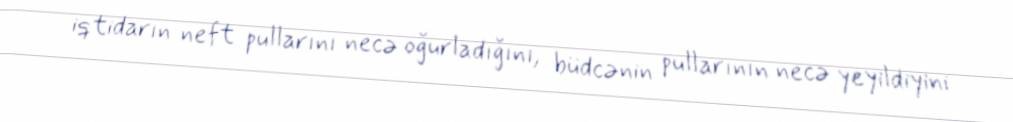
iqtidarın neft pullarını necə oğurladığını, büdcənin pullarının necə yeyildiyini